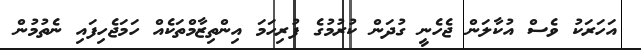
އަހަރަކު ވެސް އުކާލަން ޖެހެނީ ގުދަން ކުރުމުގެ ފުރިހަމަ އިންތިޒާމްތަކެއް ހަމަޖެހިފައި ނެތުމުން